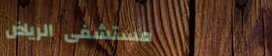
مستشفى الرياض